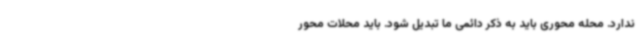
ندارد. محله محوری باید به ذکر دائمی ما تبدیل شود. باید محلات محور